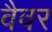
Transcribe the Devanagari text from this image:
वैवर